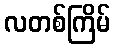
လတစ်ကြိမ်